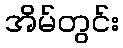
အိမ်တွင်း